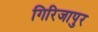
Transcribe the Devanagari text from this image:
गिरिजापुर